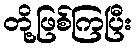
တို့ဖြစ်ကြပြီး